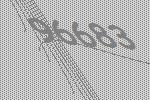
96683